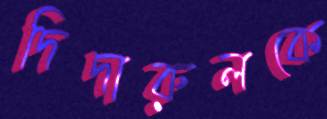
দিদারুলকে